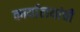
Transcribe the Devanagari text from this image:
कार्यालयांची